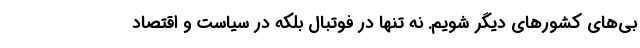
بی‌های کشورهای دیگر شویم. نه تنها در فوتبال بلکه در سیاست و اقتصاد